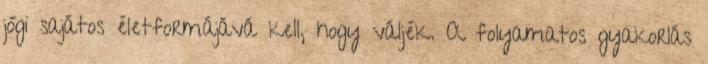
jógi sajátos életformájává kell, hogy váljék. A folyamatos gyakorlás